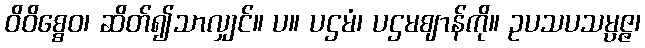
ဝိဝိစ္စေဝ၊ ဆိတ်၍သာလျှင်။ ပ။ ပဌမံ၊ ပဌမဈာန်ကို။ ဥပသပသမ္ပဇ္ဇ၊